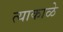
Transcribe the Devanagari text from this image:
त्याकाळे